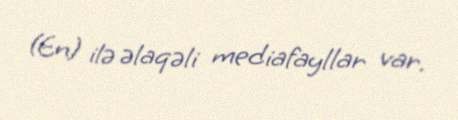
(En) ilə əlaqəli mediafayllar var.